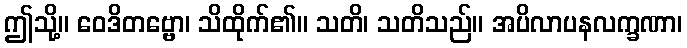
ဤသို့။ ဝေဒိတဗ္ဗော၊ သိထိုက်၏။ သတိ၊ သတိသည်။ အပိလာပနလက္ခဏာ၊